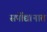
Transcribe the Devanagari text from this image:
सर्पोद्यानात